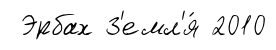
Эрбах З'емл'я́ 2010